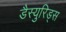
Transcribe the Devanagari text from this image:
डैस्युरिड्स